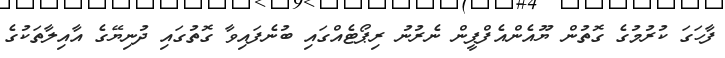
ފާހަގަ ކުރުމުގެ ގޮތުން ޔޫއެންއެފްޕީން ނެރުނު ރިޕޯޓެއްގައި ބުނެފައިވާ ގޮތުގައި ދުނިޔޭގެ އާއިލާތަކުގެ